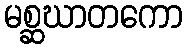
မစ္ဆဃာတကော